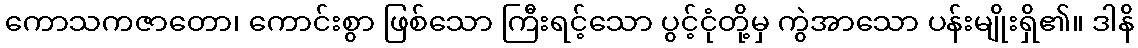
ကောသကဇာတော၊ ကောင်းစွာ ဖြစ်သော ကြီးရင့်သော ပွင့်ငုံတို့မှ ကွဲအာသော ပန်းမျိုးရှိ၏။ ဒါနိ